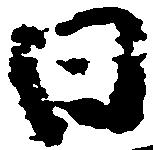
日